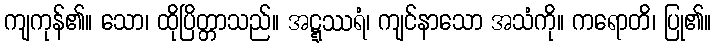
ကျကုန်၏။ သော၊ ထိုပြိတ္တာသည်။ အဋ္ဋဿရံ၊ ကျင်နာသော အသံကို။ ကရောတိ၊ ပြု၏။